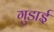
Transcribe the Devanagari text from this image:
गुडाई